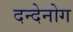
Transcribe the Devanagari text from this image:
दन्देनोग